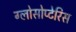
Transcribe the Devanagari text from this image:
ग्लोसोप्टेरिस